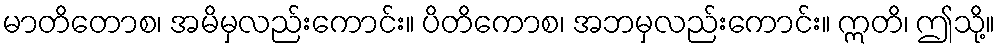
မာတိတောစ၊ အမိမှလည်းကောင်း။ ပိတိကောစ၊ အဘမှလည်းကောင်း။ ဣတိ၊ ဤသို့။